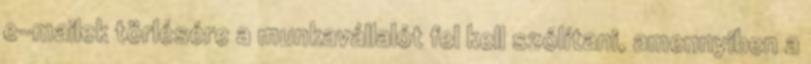
e-mailek törlésére a munkavállalót fel kell szólítani, amennyiben a